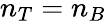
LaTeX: n_{T}=n_{B}